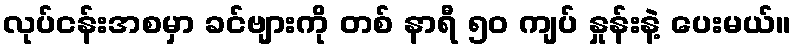
လုပ်ငန်းအစမှာ ခင်ဗျားကို တစ် နာရီ ၅၀ ကျပ် နှုန်းနဲ့ ပေးမယ်။